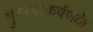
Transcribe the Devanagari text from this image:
गुरुत्वाकर्षणके